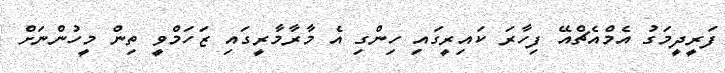
ފަރީދީމަގު އެމްއެޗްއޭ ފިހާރަ ކައިރީގައި ހިންގި އެ މާރާމާރީގައި ޒަހަމްވީ ތިން މީހުންނަށް